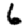
Digit: 6